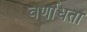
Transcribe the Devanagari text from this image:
वर्णाधता